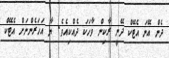
ދެން އޭނަ އެޓޭކް ދޭނީ ރާކިން ވާހަކަ ދެއްކިއެވެ. ޔާ އަހަރެންނަށް އެޓޭކް